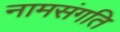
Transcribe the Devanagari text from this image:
नामसंगति